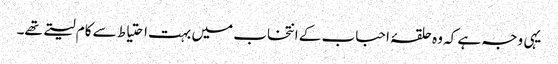
یہی وجہ ہے کہ وہ حلقۂ احباب کے انتخاب میں بہت احتیاط سے کام لیتے تھے۔